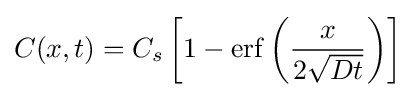
C(x,t)=C_{s}\left[1-\mathrm {erf} \left({\frac {x}{2{\sqrt {Dt}}}}\right)\right]